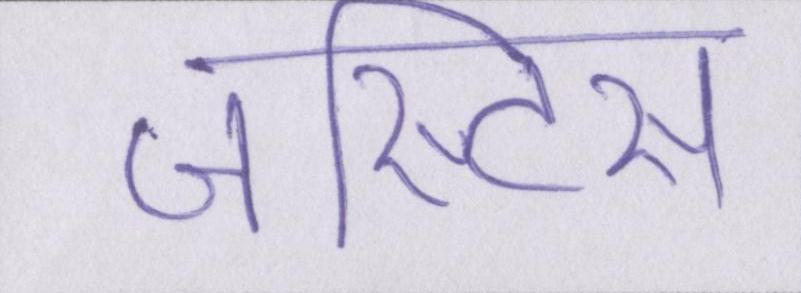
जस्टिस